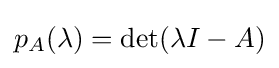
p_{A}(\lambda )=\det(\lambda I-A)